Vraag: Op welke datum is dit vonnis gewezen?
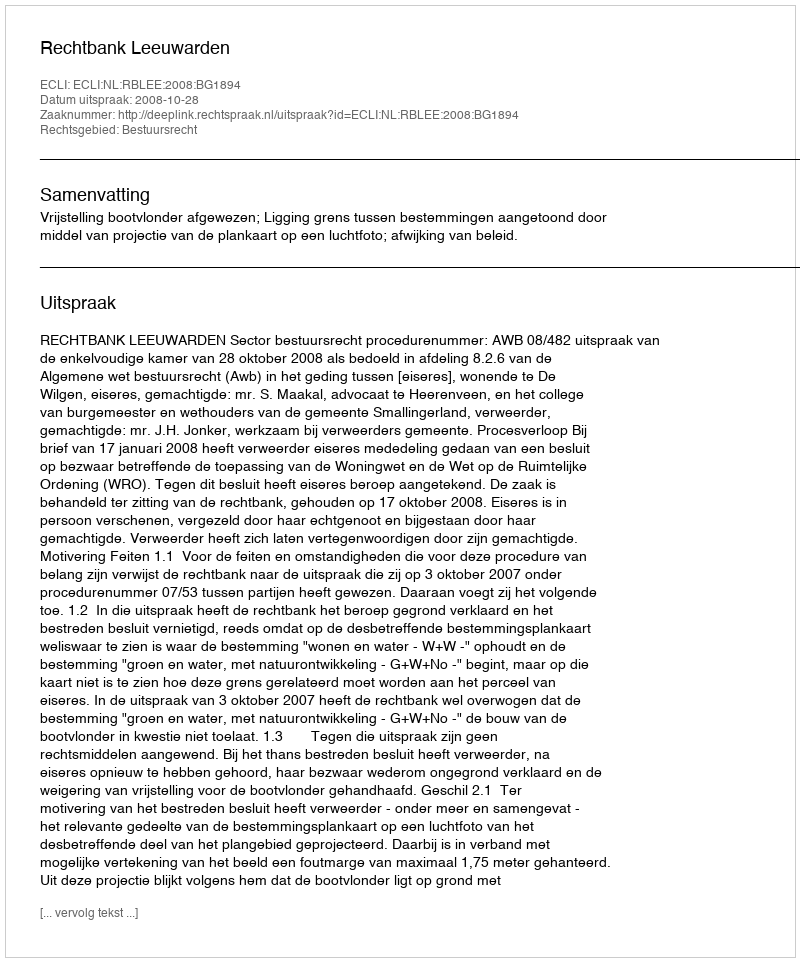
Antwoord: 2008-10-28